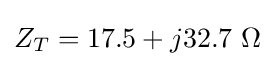
Z_{T}=17.5+j32.7\ \Omega